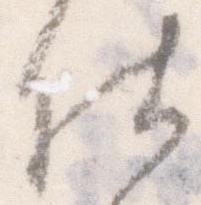
仕